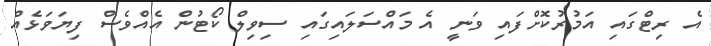
އެ ރިޓްގައި އަމުރުކޮށްފައި ވަނީ އެ މައްސަލައިގައި ސިވިލް ކޯޓުން އެއްވެސް ފިޔަވަޅެއް